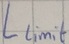
Text: Llimit